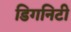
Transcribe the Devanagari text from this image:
डिगनिटी